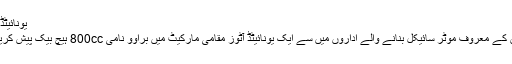
یونائیٹڈ براوو:
پاکستان کے معروف موٹر سائیکل بنانے والے اداروں میں سے ایک یونائیٹڈ آٹوز مقامی مارکیٹ میں براوو نامی 800cc ہیچ بیک پیش کریں گے۔